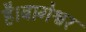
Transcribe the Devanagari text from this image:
है।बागेश्वर